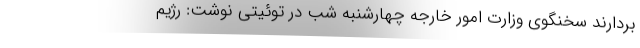
بردارند سخنگوی وزارت امور خارجه چهارشنبه شب در توئیتی نوشت: رژیم